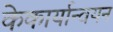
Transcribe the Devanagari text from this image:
केकार्यान्वयन